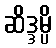
ဆိဒ္ဒမ္ပိ